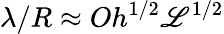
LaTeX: \lambda/R\approx{Oh^{1/2}{\mathscr{L}}^{1/2}}